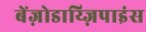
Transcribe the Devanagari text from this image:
बेंज़ोडाय्ज़िपाइंस